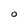
Character: O